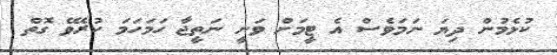
ކުޅެމުން ދިޔަ ނަމަވެސް އެ ޓީމަށް ވަނީ ނަތީޖާ ހަމަހަމަ ކުރެވޭ ގޮތް